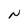
Character: N